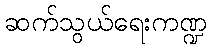
ဆက်သွယ်ရေးကဏ္ဍ